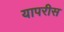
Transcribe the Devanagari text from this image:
यापरीस